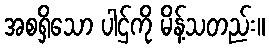
အစရှိသော ပါဌ်ကို မိန့်သတည်း။